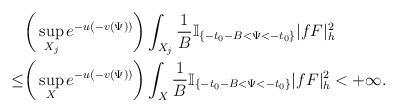
\begin{align*}&\bigg(\sup_{X_j}e^{-u(-v(\Psi))}\bigg)\int_{X_j}\frac{1}{B}\mathbb{I}_{\{-t_0-B<\Psi<-t_0\}} |fF|^2_h\\\le& \bigg(\sup_{X}e^{-u(-v(\Psi))}\bigg)\int_{X}\frac{1}{B}\mathbb{I}_{\{-t_0-B<\Psi<-t_0\}} |fF|^2_h<+\infty.\end{align*}